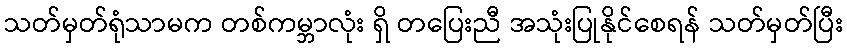
သတ်မှတ်ရုံသာမက တစ်ကမ္ဘာလုံး ရှိ တပြေးညီ အသုံးပြုနိုင်စေရန် သတ်မှတ်ပြီး